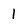
Character: 1